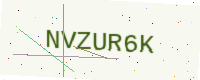
Text: NVZUR6K